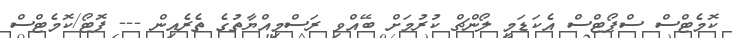
ކޮމެޓްސް ސްޕޯޓްސް އެކަޑަމީ ލޯންޗް ކުރުމަށް ބޭއްވި ރަސްމިއްޔާތުގެ ތެރެއިން --- ފޮޓޯ/ކޮމެޓްސް